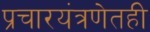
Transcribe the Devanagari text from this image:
प्रचारयंत्रणेतही